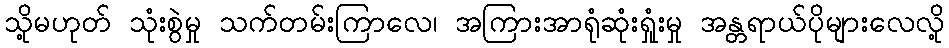
သို့မဟုတ် သုံးစွဲမှု သက်တမ်းကြာလေ၊ အကြားအာရုံဆုံးရှုံးမှု အန္တရာယ်ပိုများလေလို့